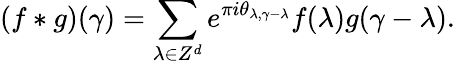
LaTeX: (f*g)(\gamma)=\sum_{\lambda\in Z^{d}}e^{\pi i\theta_{\lambda,\gamma-\lambda}}f(\lambda)g(\gamma-\lambda).